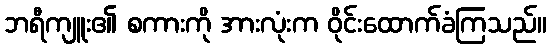
ဘရီကျူး၏ စကားကို အားလုံးက ဝိုင်းထောက်ခံကြသည်။